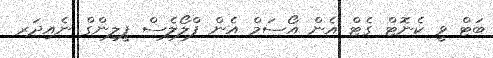
ބަޓް ވީ ކެނޮޓް ގެޓް އެން އޯސަމް އެން ފްލޯލެސް ފީލިންގް ނެއިދަރ